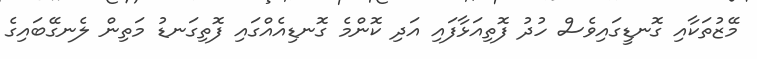
މޭޒުތަކާއި ގޮނޑީގައިވެސް ހުދު ފޮތިއަޅާފައި އަދި ކޮންމެ ގޮނޑިއެއްގައި ފޮތިގަނޑު މަތިން ލެނގޭބައިގެ